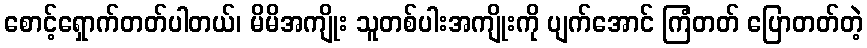
စောင့်ရှောက်တတ်ပါတယ်၊ မိမိအကျိုး သူတစ်ပါးအကျိုးကို ပျက်အောင် ကြံတတ် ပြောတတ်တဲ့